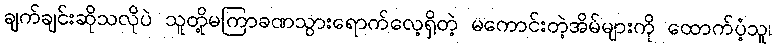
ချက်ချင်းဆိုသလိုပဲ သူတို့မကြာခဏသွားရောက်လေ့ရှိတဲ့ မကောင်းတဲ့အိမ်များကို ထောက်ပံ့သူ၊